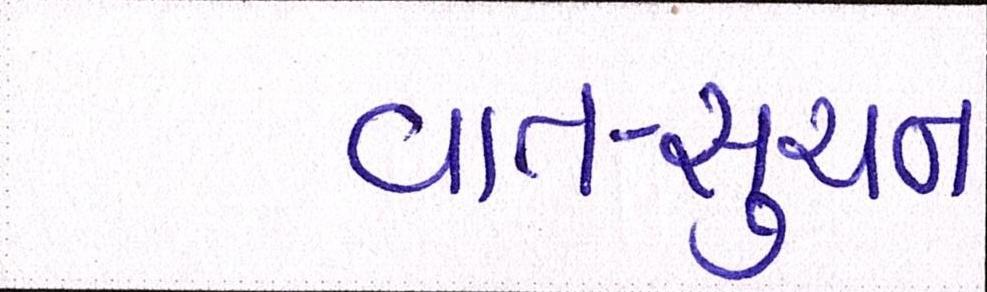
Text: વાત-સુચન